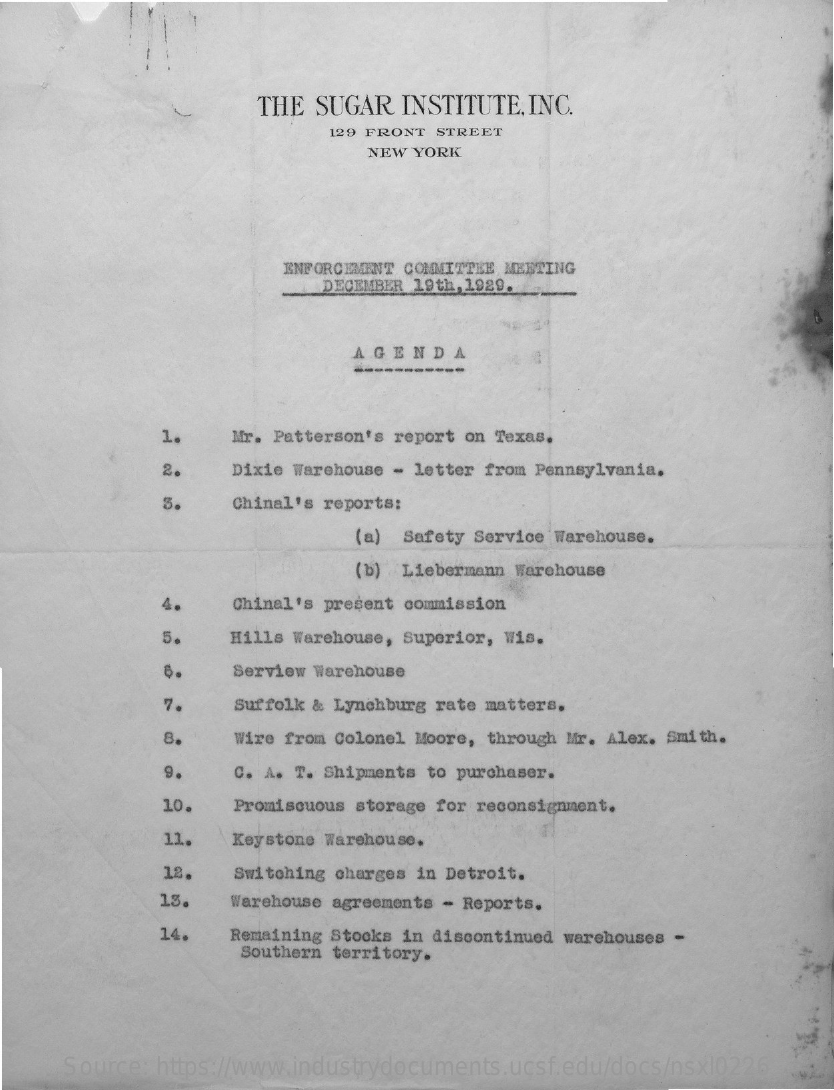
THE SUGAR   INSTITUTE, INC.
     129 FRONT STREET
     NEW YORK
     ENFORCEMENT COMMITTEE MEETING
     DECEMBER 19th, 1929.
     AGENDA
     -----------
     1.    Mr. Patterson's report on Texas.
     2.    Dixie Warehouse - letter from Pennsylvania.
     3.    Chinal's reports:
     (a) Safety Service Warehouse.
     (b) Liebermann Warehouse
     4.    Chinal's present commission
     5.    Hills Warehouse, Superior, Wis.
     Serview Warehouse
     7.    Suffolk & Lynchburg rate matters.
     8.    Wire from Colonel Moore, through Mr. Alex. Smith.
     9.    C. A. T. Shipments to purchaser.
     10.   Promiscuous storage for reconsignment.
     11.   Keystone Warehouse.
     12.   Switching charges in Detroit.
     13.   Warehouse agreements - Reports.
     14.  Remaining Stocks in discontinued warehouses -
     Southern territory.
     Source: https://www.industrydocuments.ucsf.edu/docs/nsxl0226